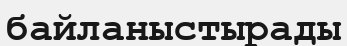
байланыстырады